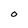
Character: O